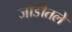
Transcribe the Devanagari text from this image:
जोडीतले